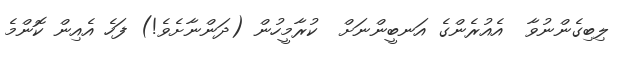
ލިބިގެންނުވާ  އެއުރެންގެ އަނބީންނަށް  ކުރާމީހުން (ދަންނާށެވެ!) ފަހެ އެއިން ކޮންމެ